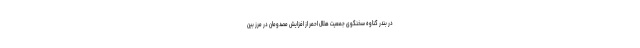
در بندر گناوه سخنگوی جمعیت هلال احمر از افزایش مصدومان در مرز بین